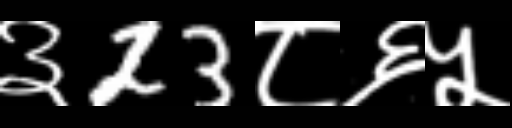
Text: ३23८६५